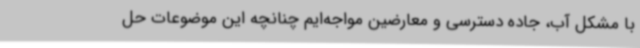
با مشکل آب، جاده دسترسی و معارضین مواجه‌ایم چنانچه این موضوعات حل